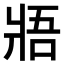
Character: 𤕻